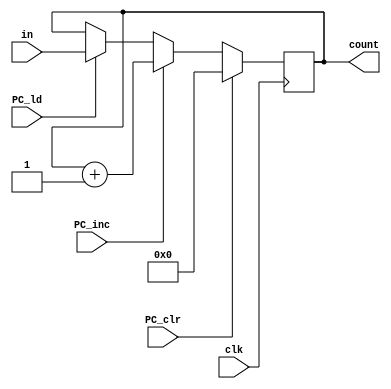
`timescale 1ns / 1ps
//////////////////////////////////////////////////////////////////////////////////
// Company: 
// Engineer: 
// 
// Design Name: 
// Module Name: Program_Counter
// Project Name: 
// Target Devices: 
// Tool Versions: 
// Description: 
// 
// Dependencies: 
// 
// Revision:
// Revision 0.01 - File Created
// Additional Comments:
// 
//////////////////////////////////////////////////////////////////////////////////


module Program_Counter(in, PC_ld, PC_clr, PC_inc, clk, count);
    input [7:0] in;
    input clk, PC_ld, PC_clr, PC_inc;
    output reg [7:0] count = 8'h00;

    always@(posedge clk)
    begin
        if (PC_clr==1) count <= 8'h00;
        else if (PC_inc==1) count <= count+1;
        else if (PC_ld==1) count <= in;
    end

endmodule